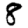
Digit: 8